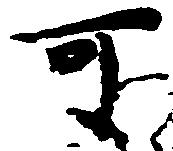
可